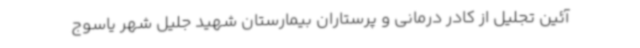
آئین تجلیل از کادر درمانی و پرستاران بیمارستان شهید جلیل شهر یاسوج